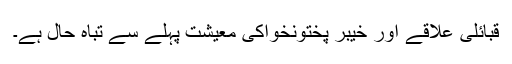
قبائلی علاقے اور خیبر پختونخواکی معیشت پہلے سے تباہ حال ہے۔